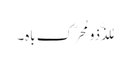
مُلذَّذو مُحَرّک باہ۔